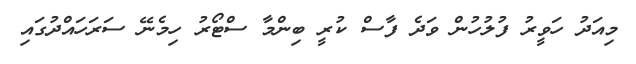
މިއަދު ހަވީރު ފުލުހުން ވަދެ ފާސް ކުރީ ބިންމާ ސްޓޯރު ހިމެނޭ ސަރަހައްދުގައި